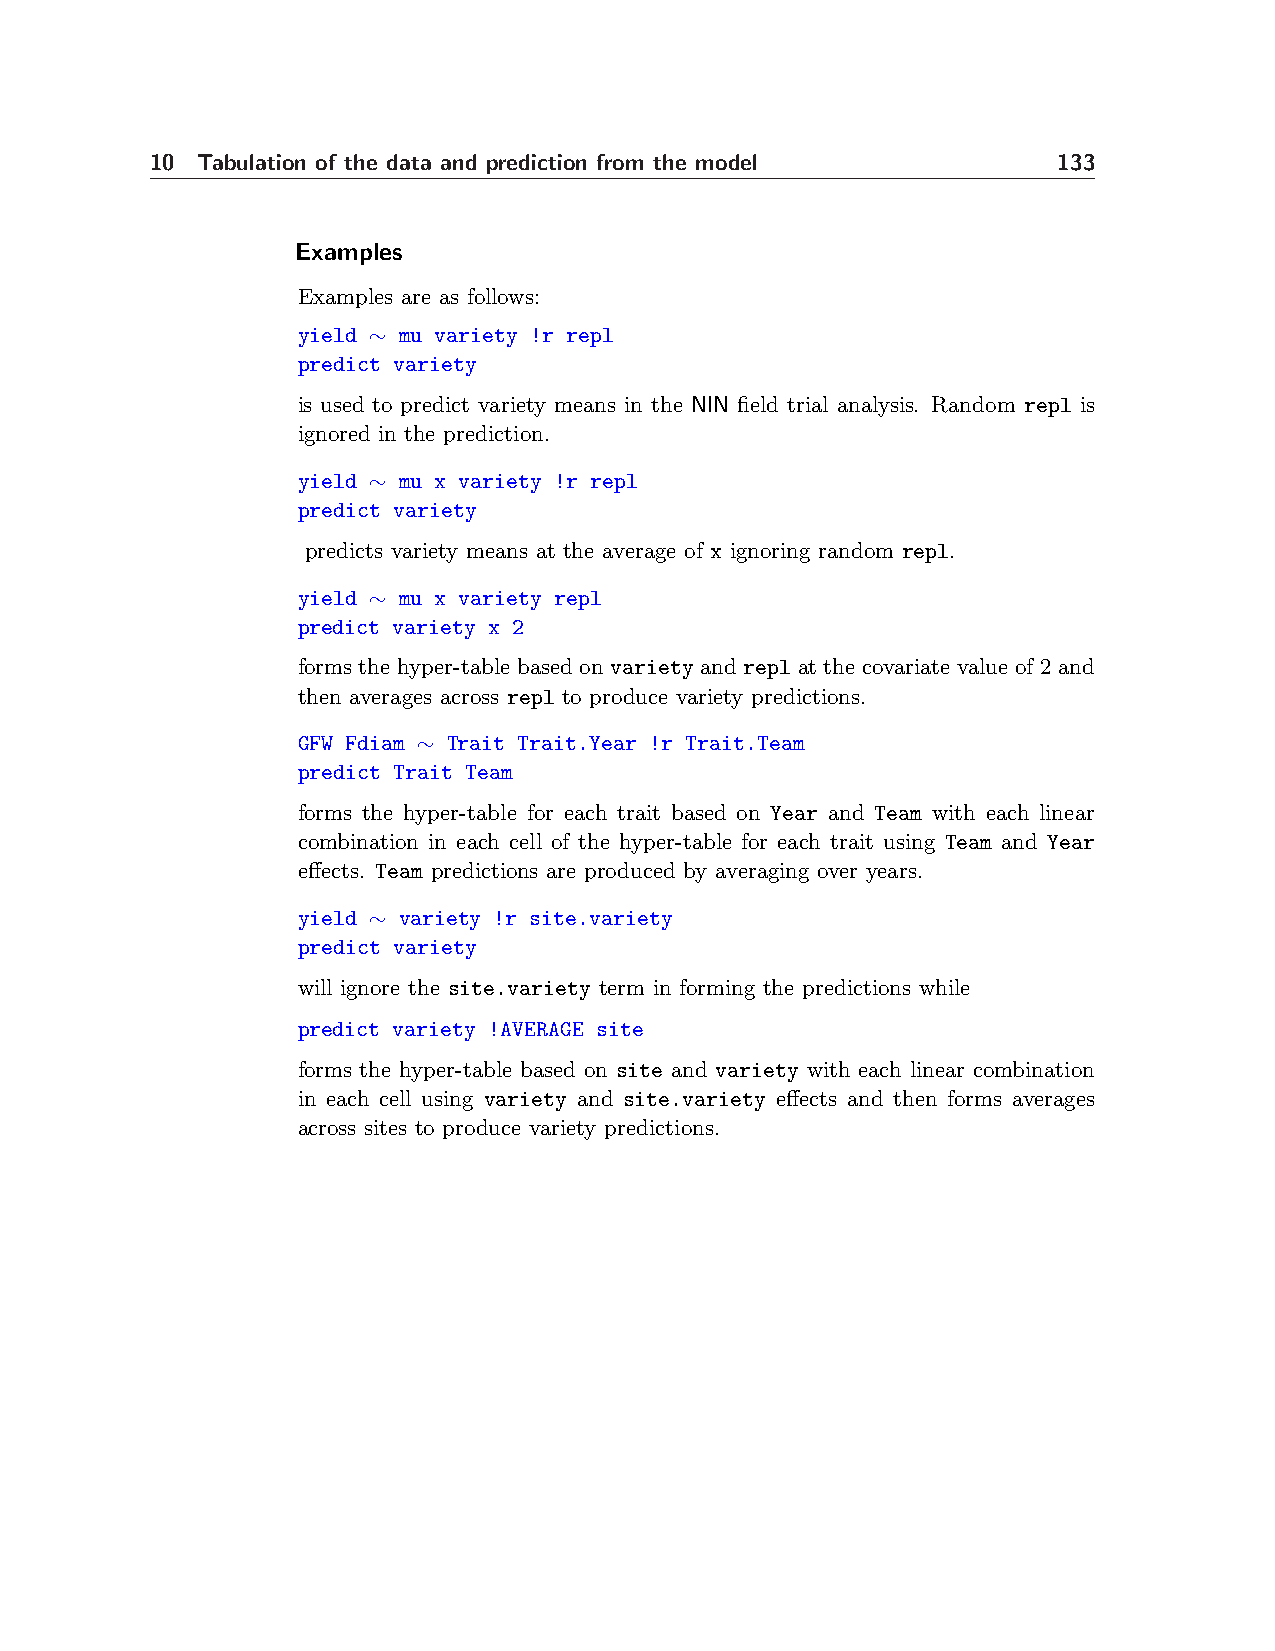
10 Tabulation of the data and prediction from the model     133
 Examples
 Examples are as follows:
 yield ∼ mu variety !r repl
 predict variety
 is used to predict variety means in the NIN field trial analysis. Random repl is
 ignored in the prediction.
 yield ∼ mu x variety !r repl
 predict variety
 predicts variety means at the average of x ignoring random repl.
 yield ∼ mu x variety repl
 predict variety x 2
 forms the hyper-table based on variety and repl at the covariate value of 2 and
 then averages across repl to produce variety predictions.
 GFW Fdiam ∼ Trait Trait.Year !r Trait.Team
 predict Trait Team
 forms the hyper-table for each trait based on Year and Team with each linear
 combination in each cell of the hyper-table for each trait using Team and Year
 effects. Team predictions are produced by averaging over years.
 yield ∼ variety !r site.variety
 predict variety
 will ignore the site.variety term in forming the predictions while
 predict variety !AVERAGE site
 forms the hyper-table based on site and variety with each linear combination
 in each cell using variety and site.variety effects and then forms averages
 across sites to produce variety predictions.